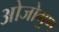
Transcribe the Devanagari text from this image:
ओजोगुण